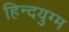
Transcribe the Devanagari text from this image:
हिन्दयुग्म